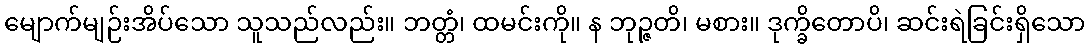
မျောက်မျဉ်းအိပ်သော သူသည်လည်း။ ဘတ္တံ၊ ထမင်းကို။ န ဘုဉ္ဇတိ၊ မစား။ ဒုက္ခိတောပိ၊ ဆင်းရဲခြင်းရှိသော